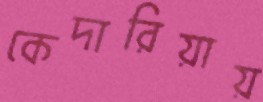
কেদারিয়ায়